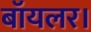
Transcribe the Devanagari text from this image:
बॉयलर।